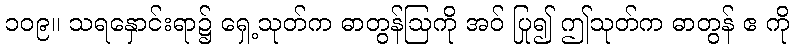
၁၀၉။ သရနှောင်းရာ၌ ရှေ့သုတ်က ဓာတွန်ဩကို အဝ် ပြု၍ ဤသုတ်က ဓာတွန် ဧ ကို